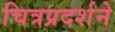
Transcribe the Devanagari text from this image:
चित्रप्रदर्शने